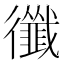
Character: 𢖝